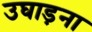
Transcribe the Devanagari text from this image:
उघाड़ना